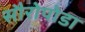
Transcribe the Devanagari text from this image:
सौरोपोडा